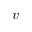
v